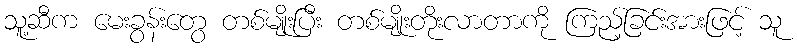
သူ့ဆီက မေးခွန်းတွေ တစ်မျိုးပြီး တစ်မျိုးတိုးလာတာကို ကြည့်ခြင်းအားဖြင့် သူ